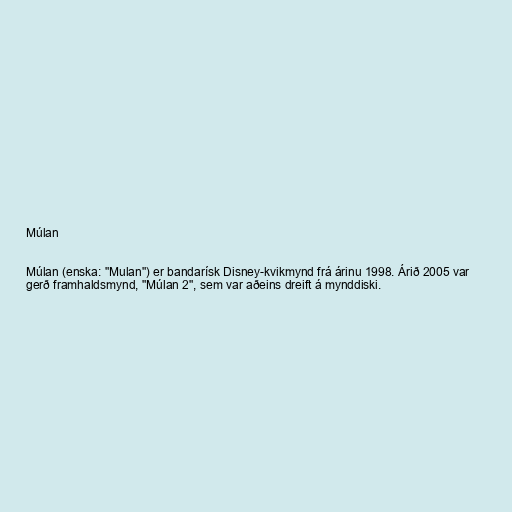
Múlan

Múlan (enska: "Mulan") er bandarísk Disney-kvikmynd frá árinu 1998. Árið 2005 var
gerð framhaldsmynd, "Múlan 2", sem var aðeins dreift á mynddiski.